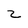
Character: z